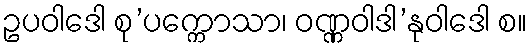
ဥပဝါဒေါ စု’ပက္ကောသာ၊ ဝဏ္ဏဝါဒါ’နုဝါဒေါ စ။